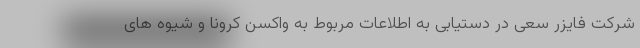
شرکت فایزر سعی در دستیابی به اطلاعات مربوط به واکسن کرونا و شیوه های